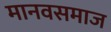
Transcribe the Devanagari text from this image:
मानवसमाज